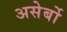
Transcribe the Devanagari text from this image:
असेर्बो